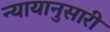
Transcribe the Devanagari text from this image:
न्यायानुसारी